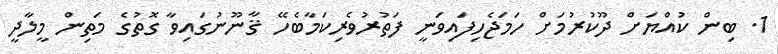
1. ބިން ކުއްޔަށް ދޫކުރުމަށް ހަމަޖެހިފައިވަނީ ފަތުރުވެރިކަމާބެހޭ ޤާނޫނުގައިވާ ގޮތުގެ މަތިން މީލާދީ